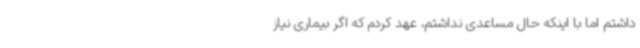
داشتم اما با اینکه حال مساعدی نداشتم، عهد کردم که اگر بیماری نیاز